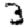
Digit: 3